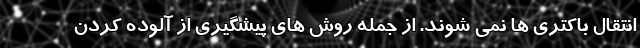
انتقال باکتری ها نمی شوند. از جمله روش های پیشگیری از آلوده کردن